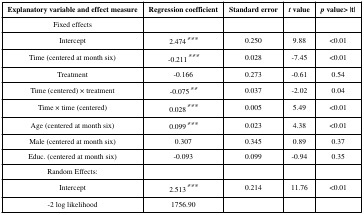
<table><thead><tr><td><b>Explanatory variable and effect measure</b></td><td><b>Regression coefficient</b></td><td><b>Standard error</b></td><td><b><i>t</i> value</b></td><td><b><i>p</i> value&gt; |t|</b></td></tr></thead><tbody><tr><td>Fixed effects</td><td></td><td></td><td></td><td></td></tr><tr><td>Intercept</td><td>2.474***</td><td>0.250</td><td>9.88</td><td>&lt;0.01</td></tr><tr><td>Time (centered at month six)</td><td>-0.211***</td><td>0.028</td><td>-7.45</td><td>&lt;0.01</td></tr><tr><td>Treatment</td><td>-0.166</td><td>0.273</td><td>-0.61</td><td>0.54</td></tr><tr><td>Time (centered) × treatment</td><td>-0.075**</td><td>0.037</td><td>-2.02</td><td>0.04</td></tr><tr><td>Time × time (centered)</td><td>0.028***</td><td>0.005</td><td>5.49</td><td>&lt;0.01</td></tr><tr><td>Age (centered at month six)</td><td>0.099***</td><td>0.023</td><td>4.38</td><td>&lt;0.01</td></tr><tr><td>Male (centered at month six)</td><td>0.307</td><td>0.345</td><td>0.89</td><td>0.37</td></tr><tr><td>Educ. (centered at month six)</td><td>-0.093</td><td>0.099</td><td>-0.94</td><td>0.35</td></tr><tr><td>Random Effects:</td><td></td><td></td><td></td><td></td></tr><tr><td>Intercept</td><td>2.513***</td><td>0.214</td><td>11.76</td><td>&lt;0.01</td></tr><tr><td>-2 log likelihood</td><td>1756.90</td><td></td><td></td><td></td></tr></tbody></table>